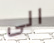
الى